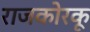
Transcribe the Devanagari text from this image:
राजकोरकू